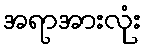
အရာအားလုံး